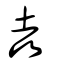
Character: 垚